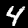
Digit: 4